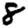
Digit: 8